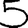
Digit: 5